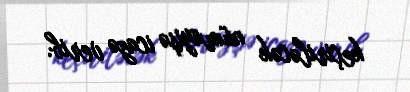
keçiriləcək nümayişə icazə verib.